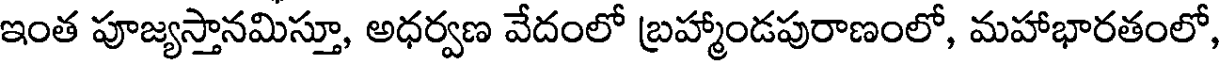
ఇంత పూజ్యస్తానమిస్తూ, అధర్వణ వేదంలో బ్రహ్మాండపురాణంలో, మహాభారతంలో,